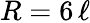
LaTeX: R=6\, \ell